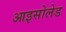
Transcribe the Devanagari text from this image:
आइसोलेड